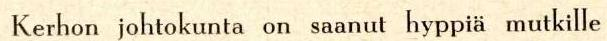
Kerhon johtokunta on saanut hyppiä mutkille